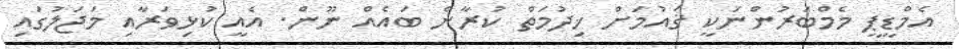
އެމްޑީޕީ މެމްބަރުންނަކީ ޤައުމަށް ޚިދުމަތް ކުރާނެ ބައެއް ނޫން. އެއީ ކުޅިވަރާއި މަޖަލުގައި